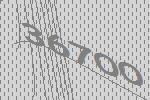
36700